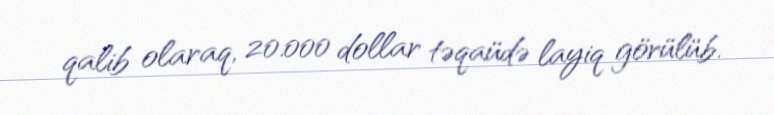
qalib olaraq, 20.000 dollar təqaüdə layiq görülüb.